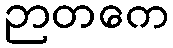
ဉာတကေ